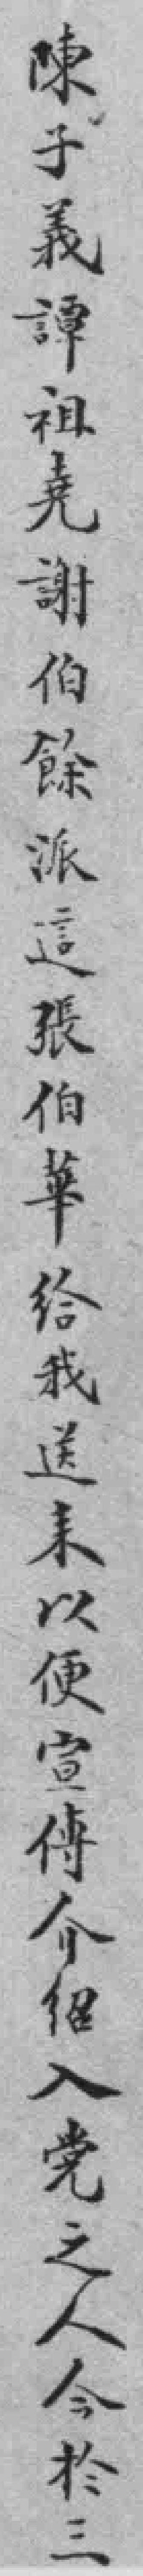
陳子義譚祖堯謝伯餘派這張伯華给我送来以便宣傳介绍入党之人今於三